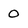
Character: 0